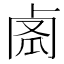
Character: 𠧼